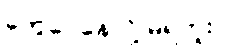
တွေဝေနေလို့ မရဘူး။